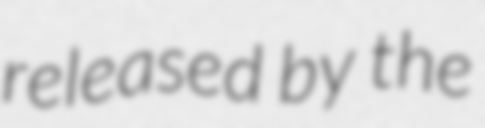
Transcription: released by the